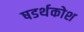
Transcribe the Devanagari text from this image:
षडर्थकोश